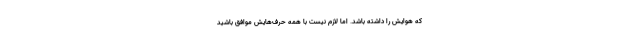
که هوایش را داشته باشد. اما لازم نیست با همهٔ حرف‌هایش موافق باشید